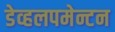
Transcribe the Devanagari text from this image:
डेव्हलपमेन्टन